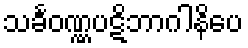
သင်္ခဝဏ္ဏပဋိဘာဂါနိပေ